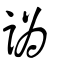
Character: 譌